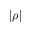
| \rho |